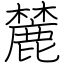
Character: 麓